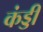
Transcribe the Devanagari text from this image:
कंड्डी